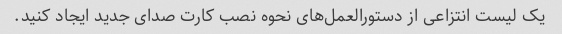
یک لیست انتزاعی از دستورالعمل‌های نحوه نصب کارت صدای جدید ایجاد کنید.